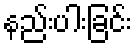
နည်းပါးခြင်း